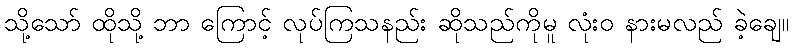
သို့သော် ထိုသို့ ဘာ ကြောင့် လုပ်ကြသနည်း ဆိုသည်ကိုမူ လုံးဝ နားမလည် ခဲ့ချေ။